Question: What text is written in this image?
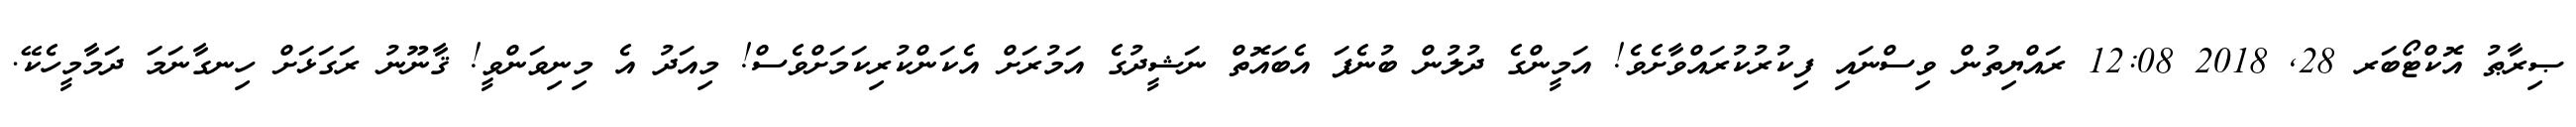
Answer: ޞިރާޠު އޮކްޓޯބަރ 28, 2018 12:08 ރައްޔިތުން ވިސްނައި ފިކުރުކުރައްވާށެވެ! އަމީންގެ ދުލުން ބުނެފަ އެބައޮތް ނަޝީދުގެ އަމުރަށް އެކަންކުރިކަމަށްވެސް! މިއަދު އެ މިނިވަންވީ! ޤާނޫނު ރަގަޅަށް ހިނގާނަމަ ދަމާމީހެކޭ.